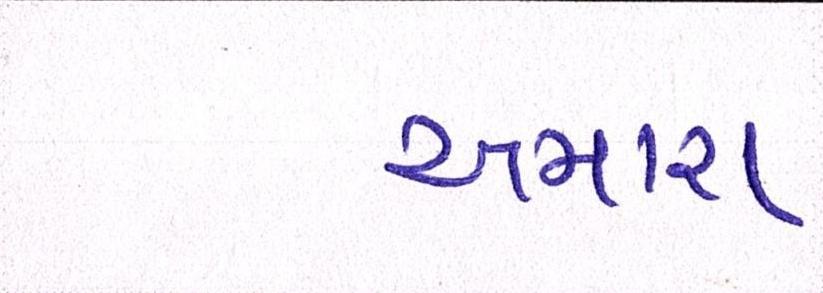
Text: અમારા